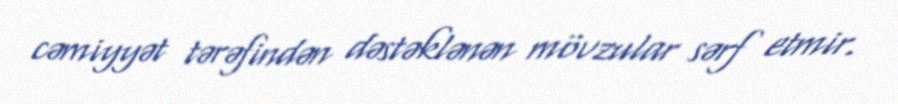
cəmiyyət tərəfindən dəstəklənən mövzular sərf etmir.